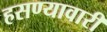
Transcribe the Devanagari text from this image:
हसण्यावारी